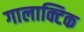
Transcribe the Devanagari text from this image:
गालाक्टिक